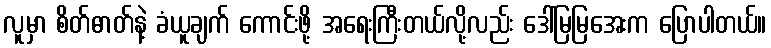
လူမှာ စိတ်ဓာတ်နဲ့ ခံယူချက် ကောင်းဖို့ အရေးကြီးတယ်လို့လည်း ဒေါ်မြမြအေးက ပြောပါတယ်။